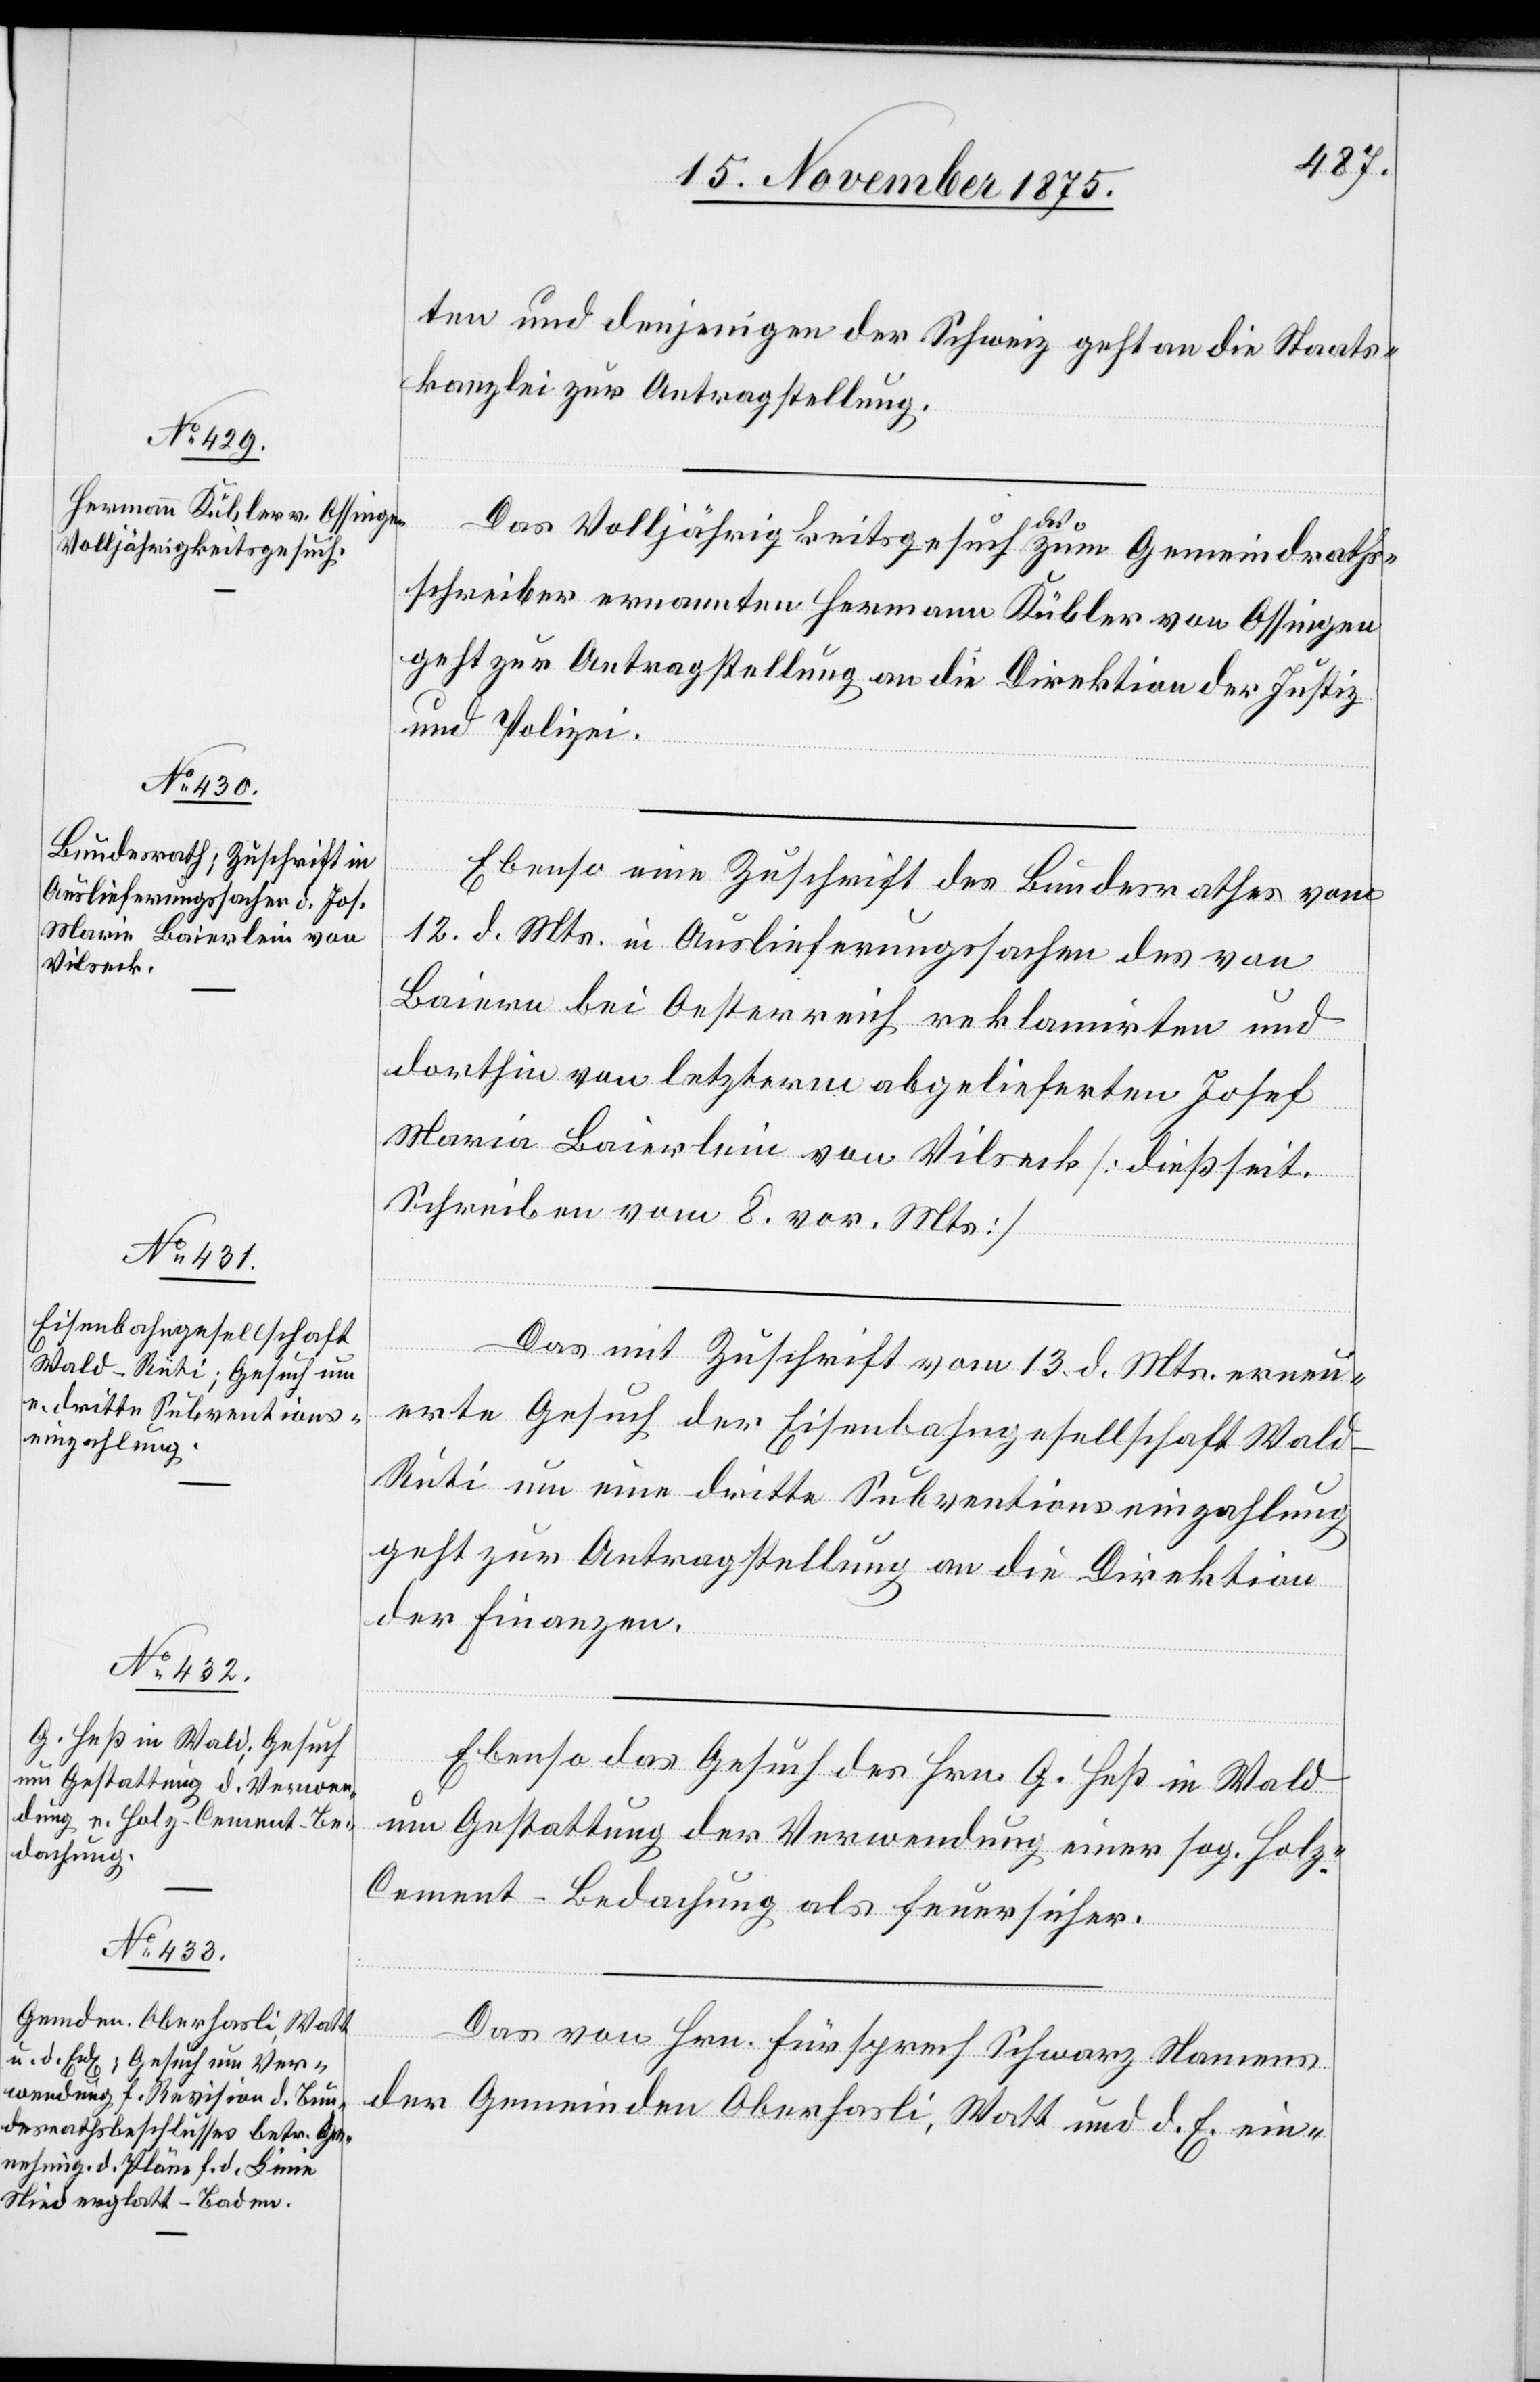
16. November 1875.]
ten und denjenigen der Schweiz geht an die Staats¬
kanzlei zur Antragstellung.
ng].
Das Volljährigkeitsgesuch des zum Gemeindraths¬
schreiber ernannten Hermann Kübler von Ossingen
geht zur Antragstellung an die Direktion der Justiz
und Polizei.
Ebenso eine Zuschrift des Bundesrathes vom
12. d. Mts. in Auslieferungssachen des von
Baiern bei Oesterreich reklamirten und
dorthin von letzterm abgelieferten Josef
Maria Baierlein von Vilseck [dießseit.
Schreiben vom 8. vor. Mts].
[Fortsetzung
Das mit Zuschrift vom 13. d. Mts erneu¬
erte Gesuch der Eisenbahngesellschaft Wald–R¬
üti um eine dritte Subventionseinzahlung
geht zur Antragstellung an die Direktion
der Finanzen.
Ebenso das Gesuch des Hrn. G. Heß in Wald
um Gestattung der Verwendung einer sog. Holz-C¬
ement-Bedachung als Feuersicher[u¬
Das von Hrn. Fürsprech Schwarz Namens
der Gemeinden Oberhasli, Watt und d. E. ein-